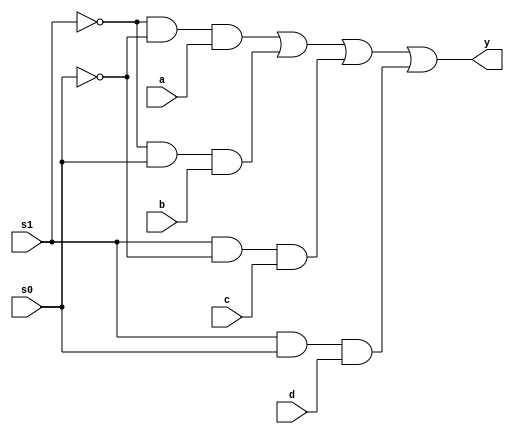
module mux(input a,
           input b,
           input c,
           input d,
           input s1,
           input s0,
           output y);
  wire s11,s00,a1,b1,c1,d1;
  not not1(s11,s1);
  not not2(s00,s0);
  and and1(a1,s11,s00,a);
  and and2(b1,s11,s0,b);
  and and3(c1,s1,s00,c);
  and and4(d1,s1,s0,d);
  or or1(y,a1,b1,c1,d1);
endmodule